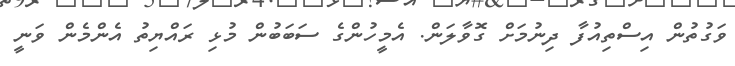
ވަގުތުން އިސްތިއުފާ ދިނުމަށް ގޮވާލަން. އެމީހުންގެ ސަބަބުން މުޅި ރައްޔިތު އެންމެން ވަނީ